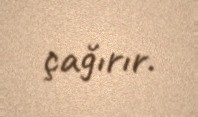
çağırır.